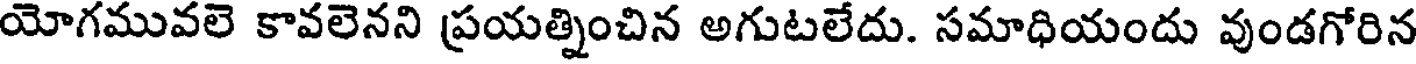
యోగమువలె కావలెనని ప్రయత్నించిన అగుటలేదు. సమాధియందు వుండగోరిన